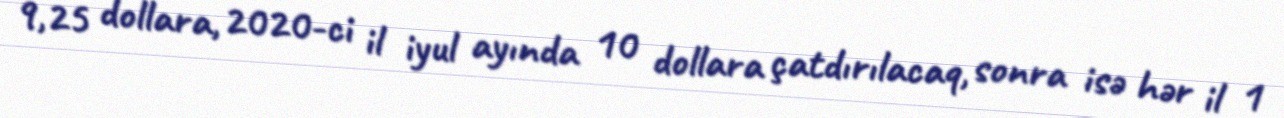
9,25 dollara, 2020-ci il iyul ayında 10 dollara çatdırılacaq, sonra isə hər il 1